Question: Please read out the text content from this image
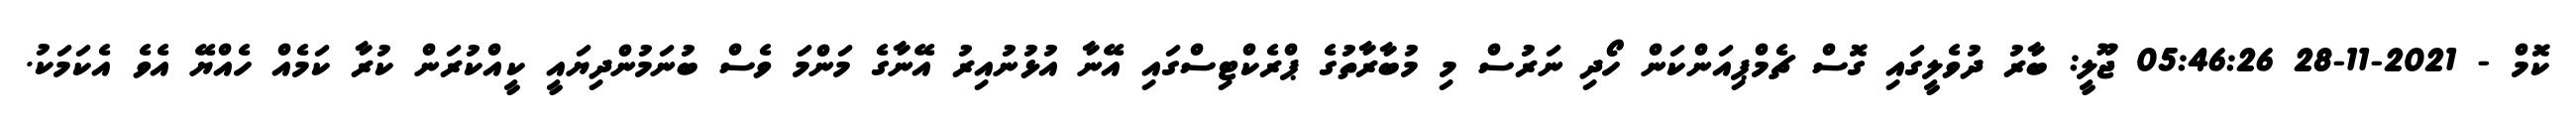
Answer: ކޮމް - 2021-11-28 05:46:26 ޖޫލީ: ބާރު ދުވެލީގައި ގޮސް ޗެމްޕިއަންކަން ހޯދި ނަރުސް މި މުބާރާތުގެ ޕްރެކްޓިސްގައި އޭނާ އުޅުނުއިރު އޭނާގެ މަންމަ ވެސް ބުނަމުންދިޔައީ ކީއްކުރަން ކުރާ ކަމެއް ހެއްޔޭ އެވެ އެކަމަކު.